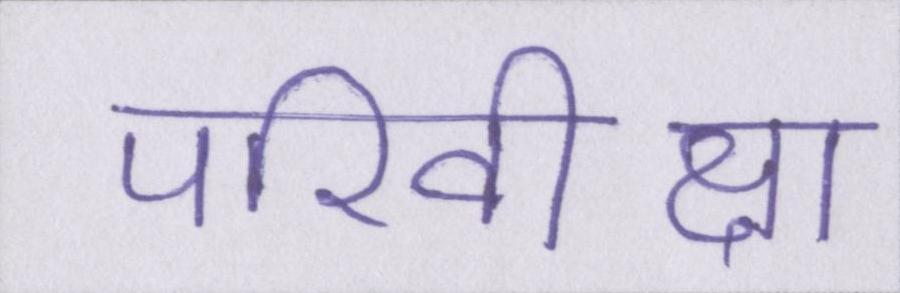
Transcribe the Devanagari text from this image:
परिवीक्षा